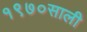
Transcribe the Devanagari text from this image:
१९७०साली